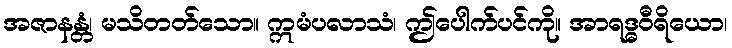
အဇာနန္တံ၊ မသိတတ်သော။ ဣမံပလာသံ၊ ဤပေါက်ပင်ကို။ အာရဒ္ဓဝီရိယော၊